Code of medical and sanitary regulations for the guidance of medical officers serving in the Madras Presidency - Volume I
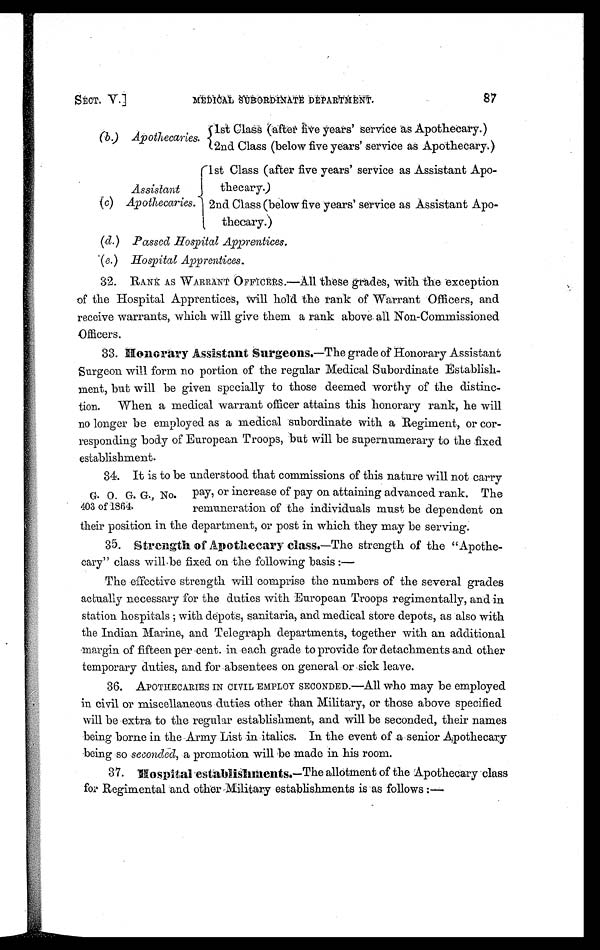
SECT. V.]
MEDICAL SUBORDINATE DEPARTMENT.
87
(b) Apothecaries.
1st Class (after five years' service as Apothecary.)
2nd Class (below five years' service as Apothecary.)
Assistant
1st Class (after five years' service as Assistant Apo-
thecary.)
(c) Apothecaries. 2nd Class (below five years' service as Assistant Apo-
thecary.)
(d.) Passed Hospital Apprentices.
(e.) Hospital Apprentices.
32.
RANK AS WARRANT OFFICERS.—All these ģrades, with the exception
of the Hospital Apprentices, will hold the rank of Warrant Officers, and
receive warrants, which will give them a rank above. all Non-Commissioned
Officers.
33. Honorary Assistant Surgeons.—The grade of Honorary Assistant
Surgeon will form no portion of the regular Medical Subordinate Establish-
ment, but will be given specially to those deemed worthy of the distinc-
tion. When a medical warrant officer attains this honorary rank, he will
no longer be employed as a medical subordinate with a Regiment, or cor-
responding body of European Troops, but will be supernumerary to the fixed
establishment.
34. It is to be understood that commissions of this nature will not carry
G. 0. G. G., No.
403 of 1864.
pay, or increase of pay on attaining advanced rank. The
remuneration of the individuals must be dependent on
their position in the department, or post in which they may be serving.
35. Strength of Apothecary class.—The strength of the "Apothe-
cary" class will-be fixed on the following basis :
—
The effective strength will comprise the numbers of the several grades
actually necessary for the duties with European Troops regimentally, and in
station hospitals with depots, sanitaria, and medical store depots, as also with
the Indian Marine, and Telegraph departments, together with an additional
margin of fifteen per cent. in each grade to provide for detachments and other
temporary duties, and for absentees on general or sick leave.
36.
APOTHECARIES IN CIVIL EMPLOY SECONDED.—All who may be employed
in civil or miscellaneous duties other than Military, or those above specified
will be extra to the regular establishment, and will be seconded, their names
bei ng bor ne i n t he - Ar my Li s t i n i t al i cs . I n t he event of a s eni or t Apot hecar y
being so seconded, a promotion will be made in his room.
—The allotment of the Apothecary class
37. Hospital establishments
.
for Regimental and other Military establishments is as follows :—